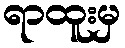
ရာထူးမှ